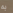
به